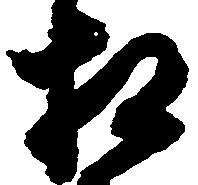
相